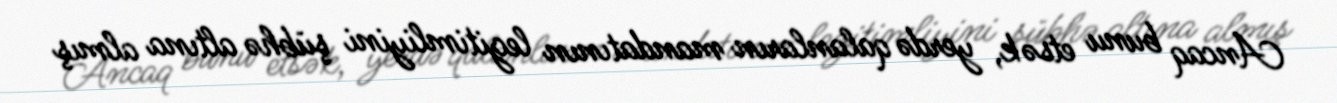
Ancaq bunu etsək, yerdə qalanların mandatının legitimliyini şübhə altına almış